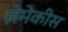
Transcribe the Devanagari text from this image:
ज़ेमेकीस